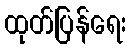
ထုတ်ပြန်ရေး